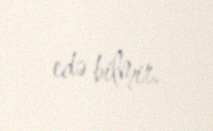
edə bilmir.